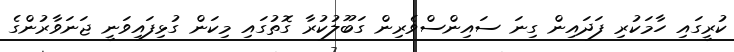
ކުރީގައި ހާމަކުރި ފަދައިން ގިނަ ސައިންސްވެރިން ގަބޫލުކުރާ ގޮތުގައި މިކަން ގުޅިފައިވަނީ ޖަނަވާރުންގެ